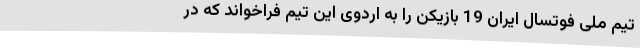
تیم ملی فوتسال ایران 19 بازیکن را به اردوی این تیم فراخواند که در